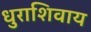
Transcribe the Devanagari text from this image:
धुराशिवाय